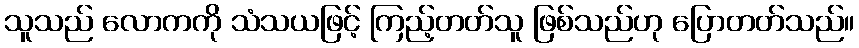
သူသည် လောကကို သံသယဖြင့် ကြည့်တတ်သူ ဖြစ်သည်ဟု ပြောတတ်သည်။